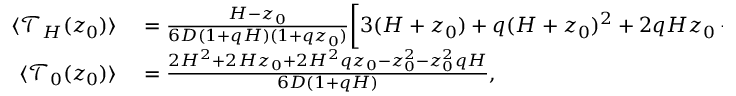
\begin{array} { r l } { \langle \mathcal { T } _ { H } ( z _ { 0 } ) \rangle } & { { } = \frac { H - z _ { 0 } } { 6 D ( 1 + q H ) ( 1 + q z _ { 0 } ) } \biggl [ 3 ( H + z _ { 0 } ) + q ( H + z _ { 0 } ) ^ { 2 } + 2 q H z _ { 0 } + q ^ { 2 } H z _ { 0 } ( H + z _ { 0 } ) \biggr ] , } \\ { \langle \mathcal { T } _ { 0 } ( z _ { 0 } ) \rangle } & { { } = \frac { 2 H ^ { 2 } + 2 H z _ { 0 } + 2 H ^ { 2 } q z _ { 0 } - z _ { 0 } ^ { 2 } - z _ { 0 } ^ { 2 } q H } { 6 D ( 1 + q H ) } , } \end{array}